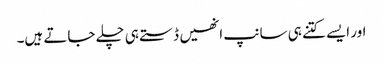
اور ایسے کتنے ہی سانپ انھیں ڈستے ہی چلے جاتے ہیں۔